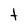
Character: t